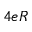
4 e R